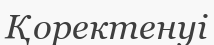
Қоректенуі